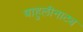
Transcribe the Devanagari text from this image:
बाहुलीनाट्य